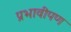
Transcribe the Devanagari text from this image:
प्रभावीपण